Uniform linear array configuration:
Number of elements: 48
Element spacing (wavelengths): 0.75
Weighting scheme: hamming
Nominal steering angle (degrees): -15
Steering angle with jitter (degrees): -15.738
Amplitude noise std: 0.05
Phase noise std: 0.05

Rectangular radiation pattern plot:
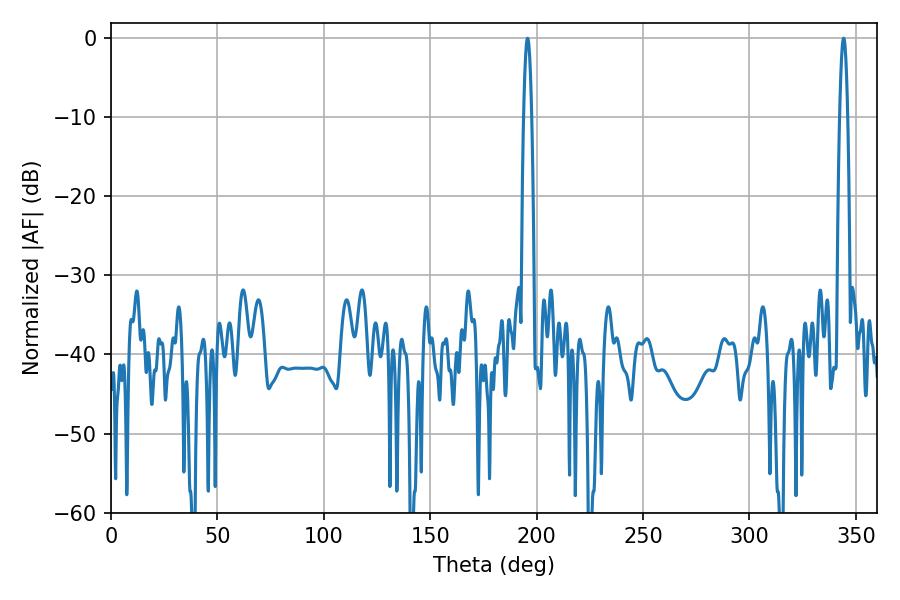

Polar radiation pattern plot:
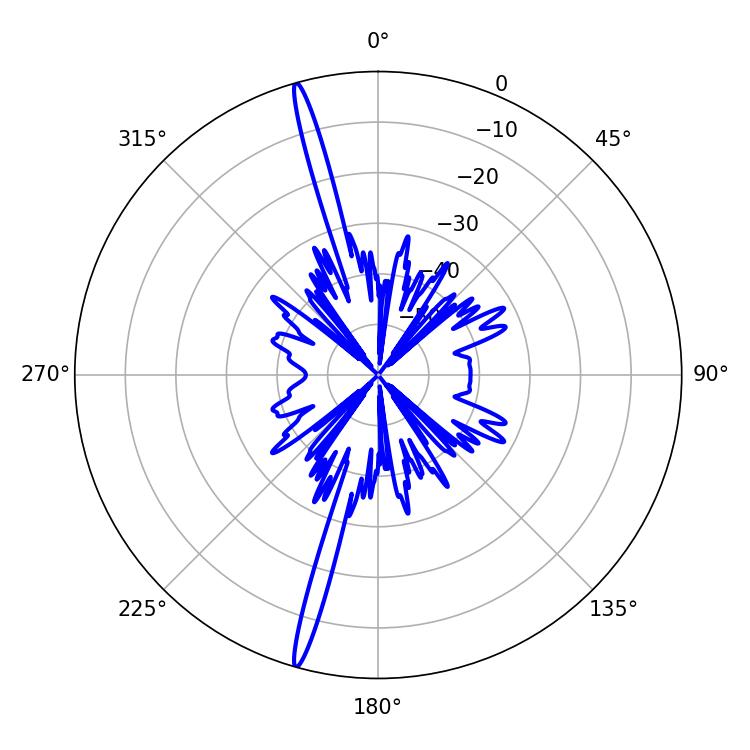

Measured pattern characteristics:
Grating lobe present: TRUE
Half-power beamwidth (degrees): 1.98
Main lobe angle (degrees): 195.66